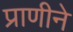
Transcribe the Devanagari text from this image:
प्राणीने